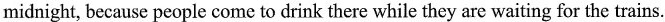
midnight, because people come to drink there while they are waiting for the trains.